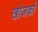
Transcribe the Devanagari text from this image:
खोजकों